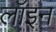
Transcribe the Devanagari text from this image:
लॉइन